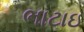
ભાટાઇ